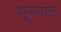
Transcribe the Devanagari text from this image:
शून्यात